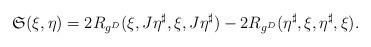
LaTeX: \begin{align*} \mathfrak{S}(\xi, \eta) = 2 R_{g^D}(\xi, J \eta^\sharp , \xi, J \eta^\sharp) - 2 R_{g^D}(\eta^\sharp, \xi, \eta^\sharp, \xi). \end{align*}